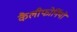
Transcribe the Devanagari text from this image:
कैलीफोर्नियो